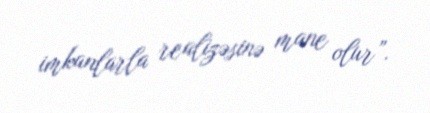
imkanlarla realizəsinə mane olur”.